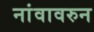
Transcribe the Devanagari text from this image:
नांवावरुन